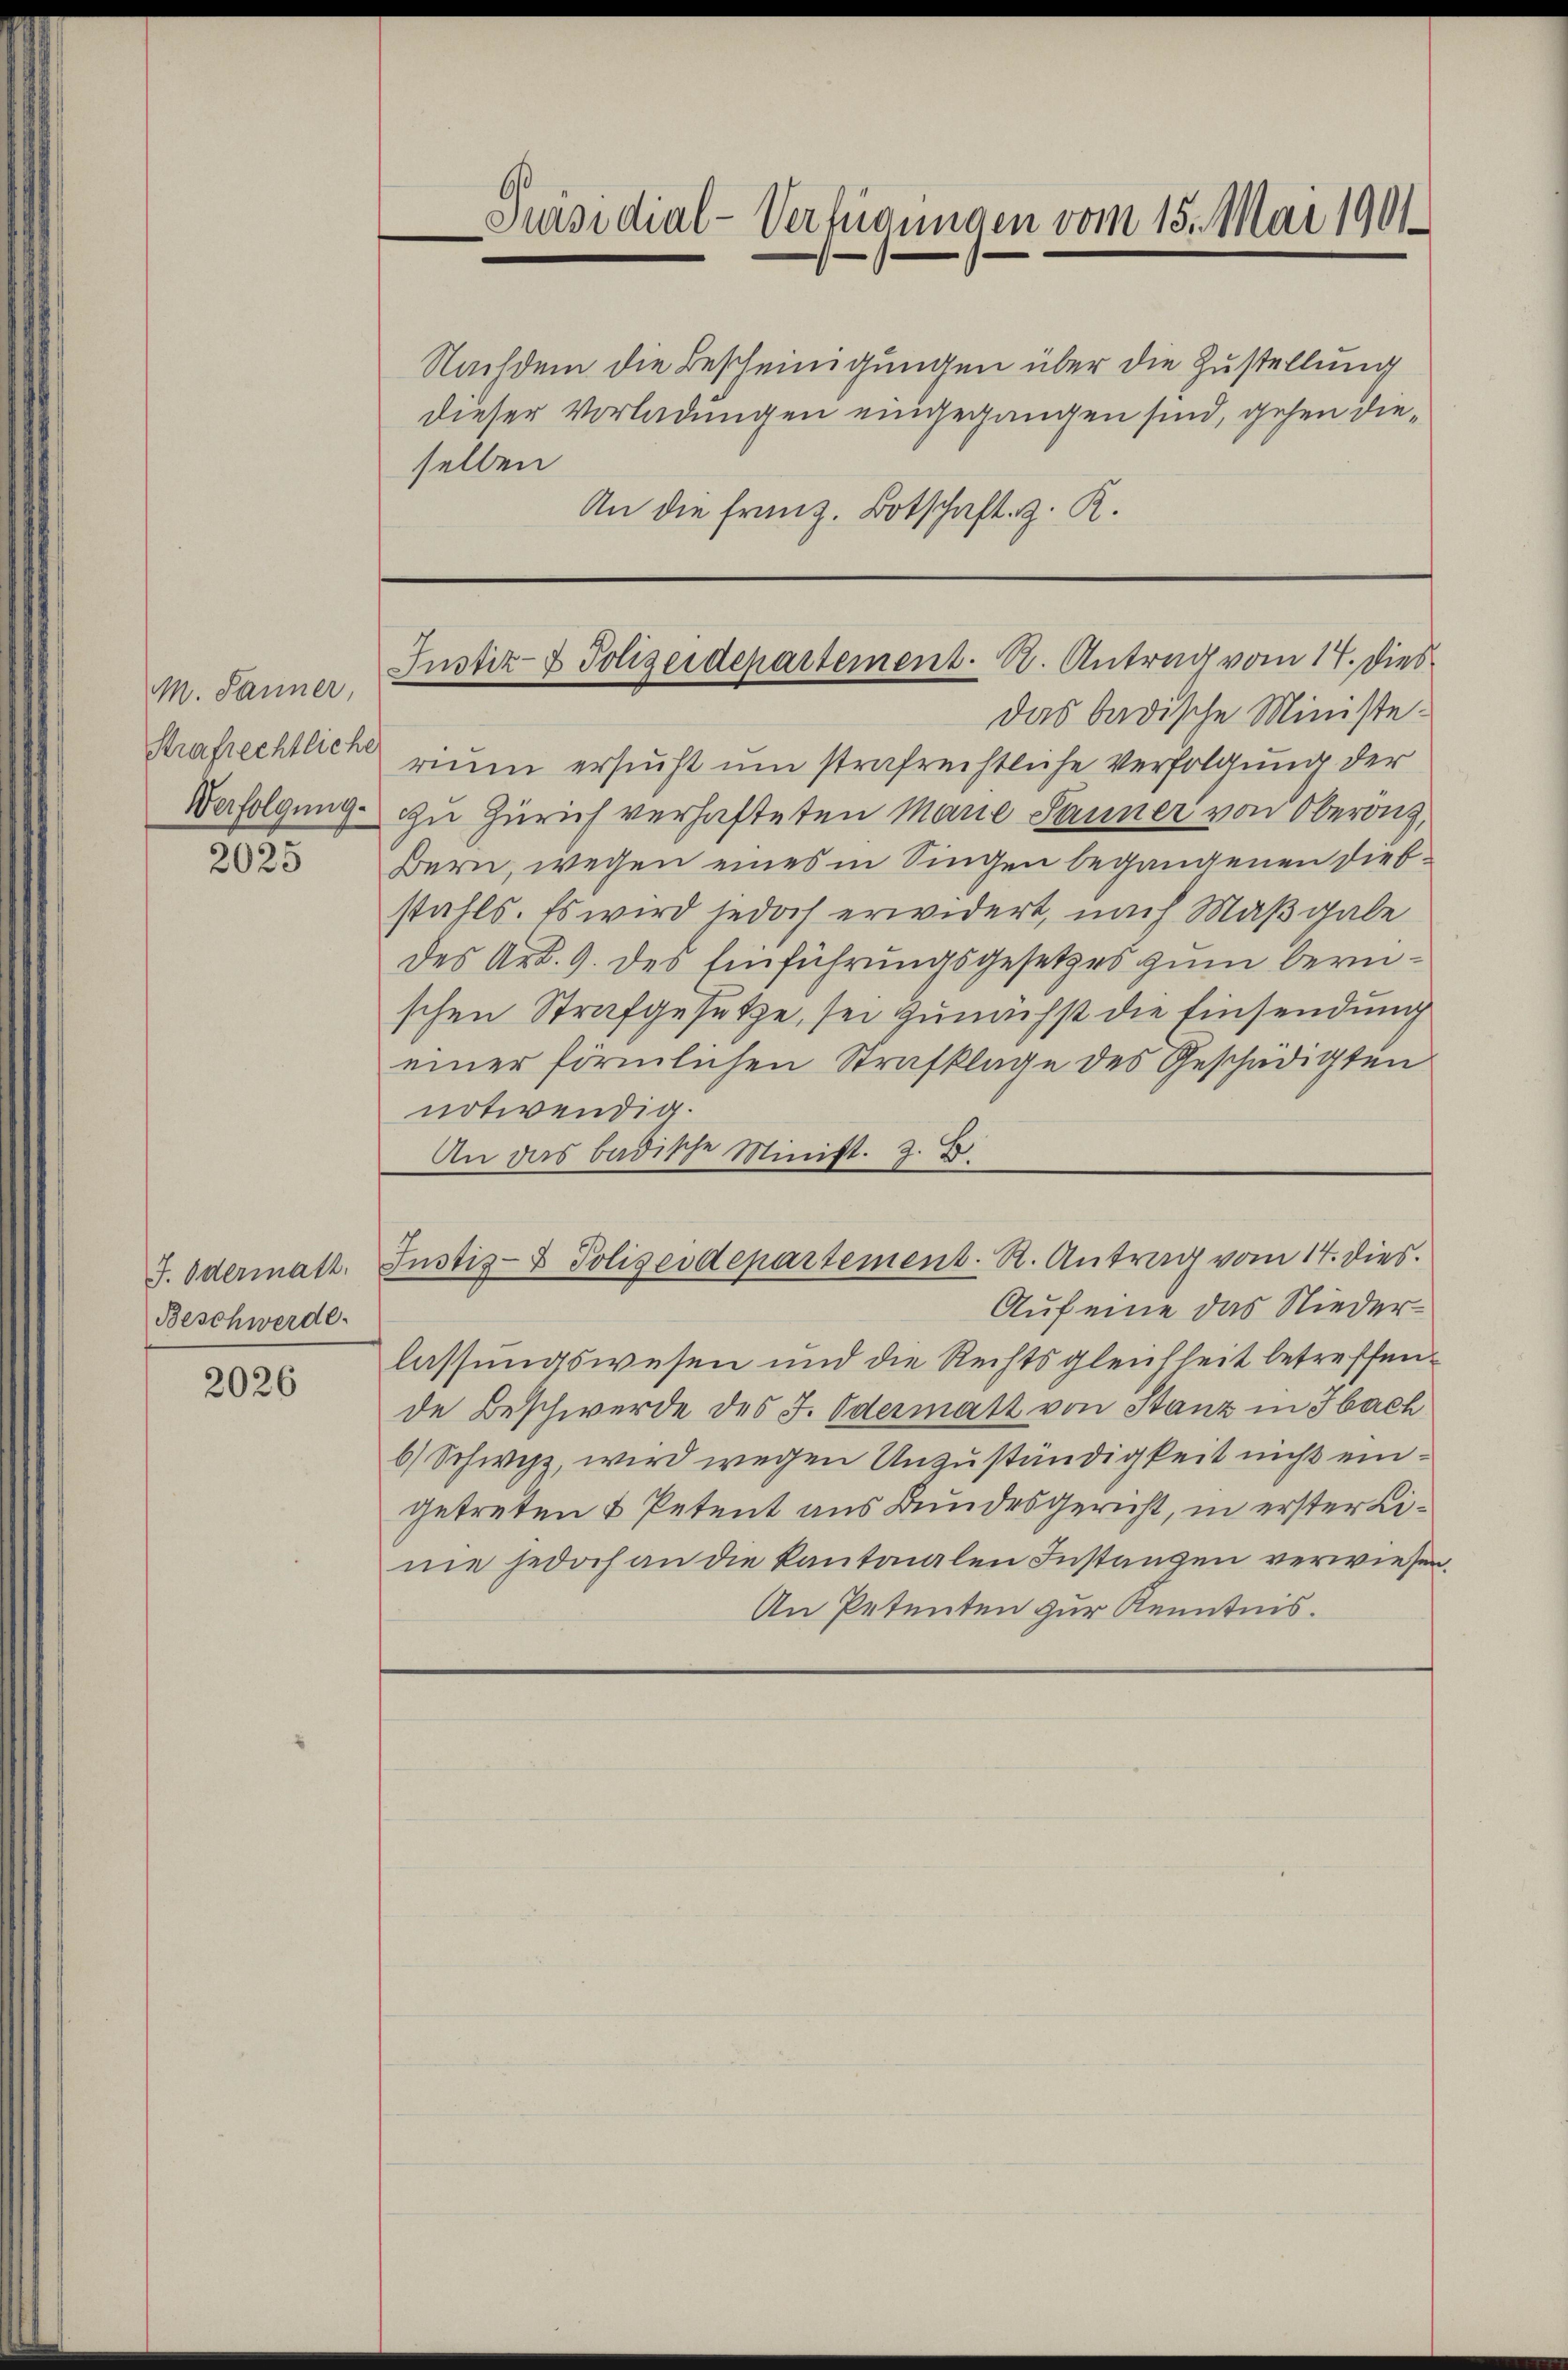
M. Panner,
Strafrechtliche
Verfolgung.

2025

J. Odermatt.
Beschwerde.

2026

Nachdem die Bescheinigungen über die Zustellung
dieser Vorladungen eingegangen sind, gehen dieselben
An die franz. Botschaft z. R.

Präsidial-Verfügungen vom 15. Mai 1901

Justiz- & Polizeidepartement. A. Antrag vom 17. Dies

das badische Ministe
rium ersucht um strafrechtliche Verfolgung der
In Zürich verhafteten Marie Sauner von Oberöng,
Bern, wegen eines in Singen begangenen Diebstahls. Es wird jedoch erwidert, nach Maßgabe
des Art. 9. des Einführungsgesetzes zum berischen Strafgesetze, sei zunächst die Einsendung
einer förmlichen Strafklage des Geschädigten
notwendig.
An das badische Minist. Z. B.
Justiz- & Polizeidepartement. R. Antrag vom 14. dies
Auf eine das Niederlassungswesen und die Rechtsgleichheit betreffen
de Beschwerde des J. Odermatt von Stanz in Sach
6) Schwyz, wird wegen Unzuständigkeit nicht eingetreten & Petent aus Bundesgericht, in erster Line jedoch an die kantonalen Instanzen verwiesen.
An Petenten zur Kenntnis.